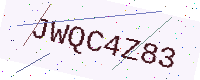
Text: JWQC4Z83